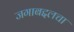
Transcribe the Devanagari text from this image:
जगाबद्दलचा